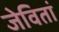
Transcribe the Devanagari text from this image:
जेवितां